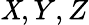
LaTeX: \mathit{X},Y,Z